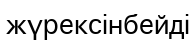
жүрексінбейді